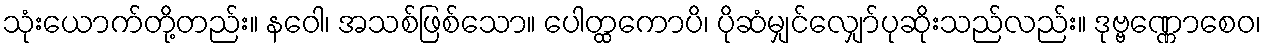
သုံးယောက်တို့တည်း။ နဝေါ၊ အသစ်ဖြစ်သော။ ပေါတ္ထကောပိ၊ ပိုဆံမျှင်လျှော်ပုဆိုးသည်လည်း။ ဒုဗ္ဗဏ္ဏောစေဝ၊